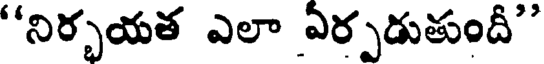
"నిర్భయత ఎలా ఏర్పడుతుంది"